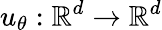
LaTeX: u_{\theta}:\mathbb{R}^{d}\rightarrow\mathbb{R}^{d}